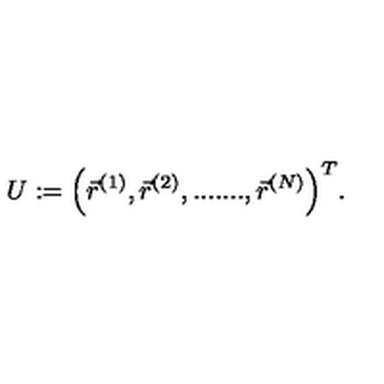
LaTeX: U : = \Big ( \vec { r } ^ { ( 1 ) } , \vec { r } ^ { ( 2 ) } , . . . . . . . , \vec { r } ^ { ( N ) } \Big ) ^ { T } .